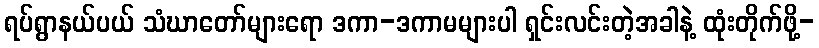
ရပ်ရွာနယ်ပယ် သံဃာတော်များရော ဒကာ-ဒကာမများပါ ရှင်းလင်းတဲ့အခါနဲ့ ထုံးတိုက်ဖို့-